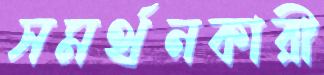
সমর্থনকারী